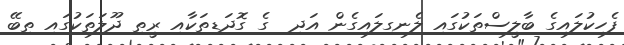
ފެހިކުލައިގެ ބާލީސްތަކުގައި ލެނގިލައިގެން އަދި  ގެ ގޮދަޑިތަކާއި ރީތި ދޫލަތަކުގައި ތިބޭ